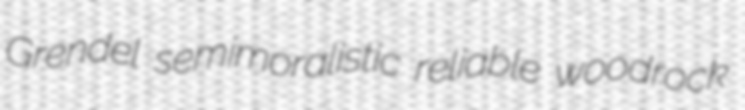
Grendel semimoralistic reliable woodrock